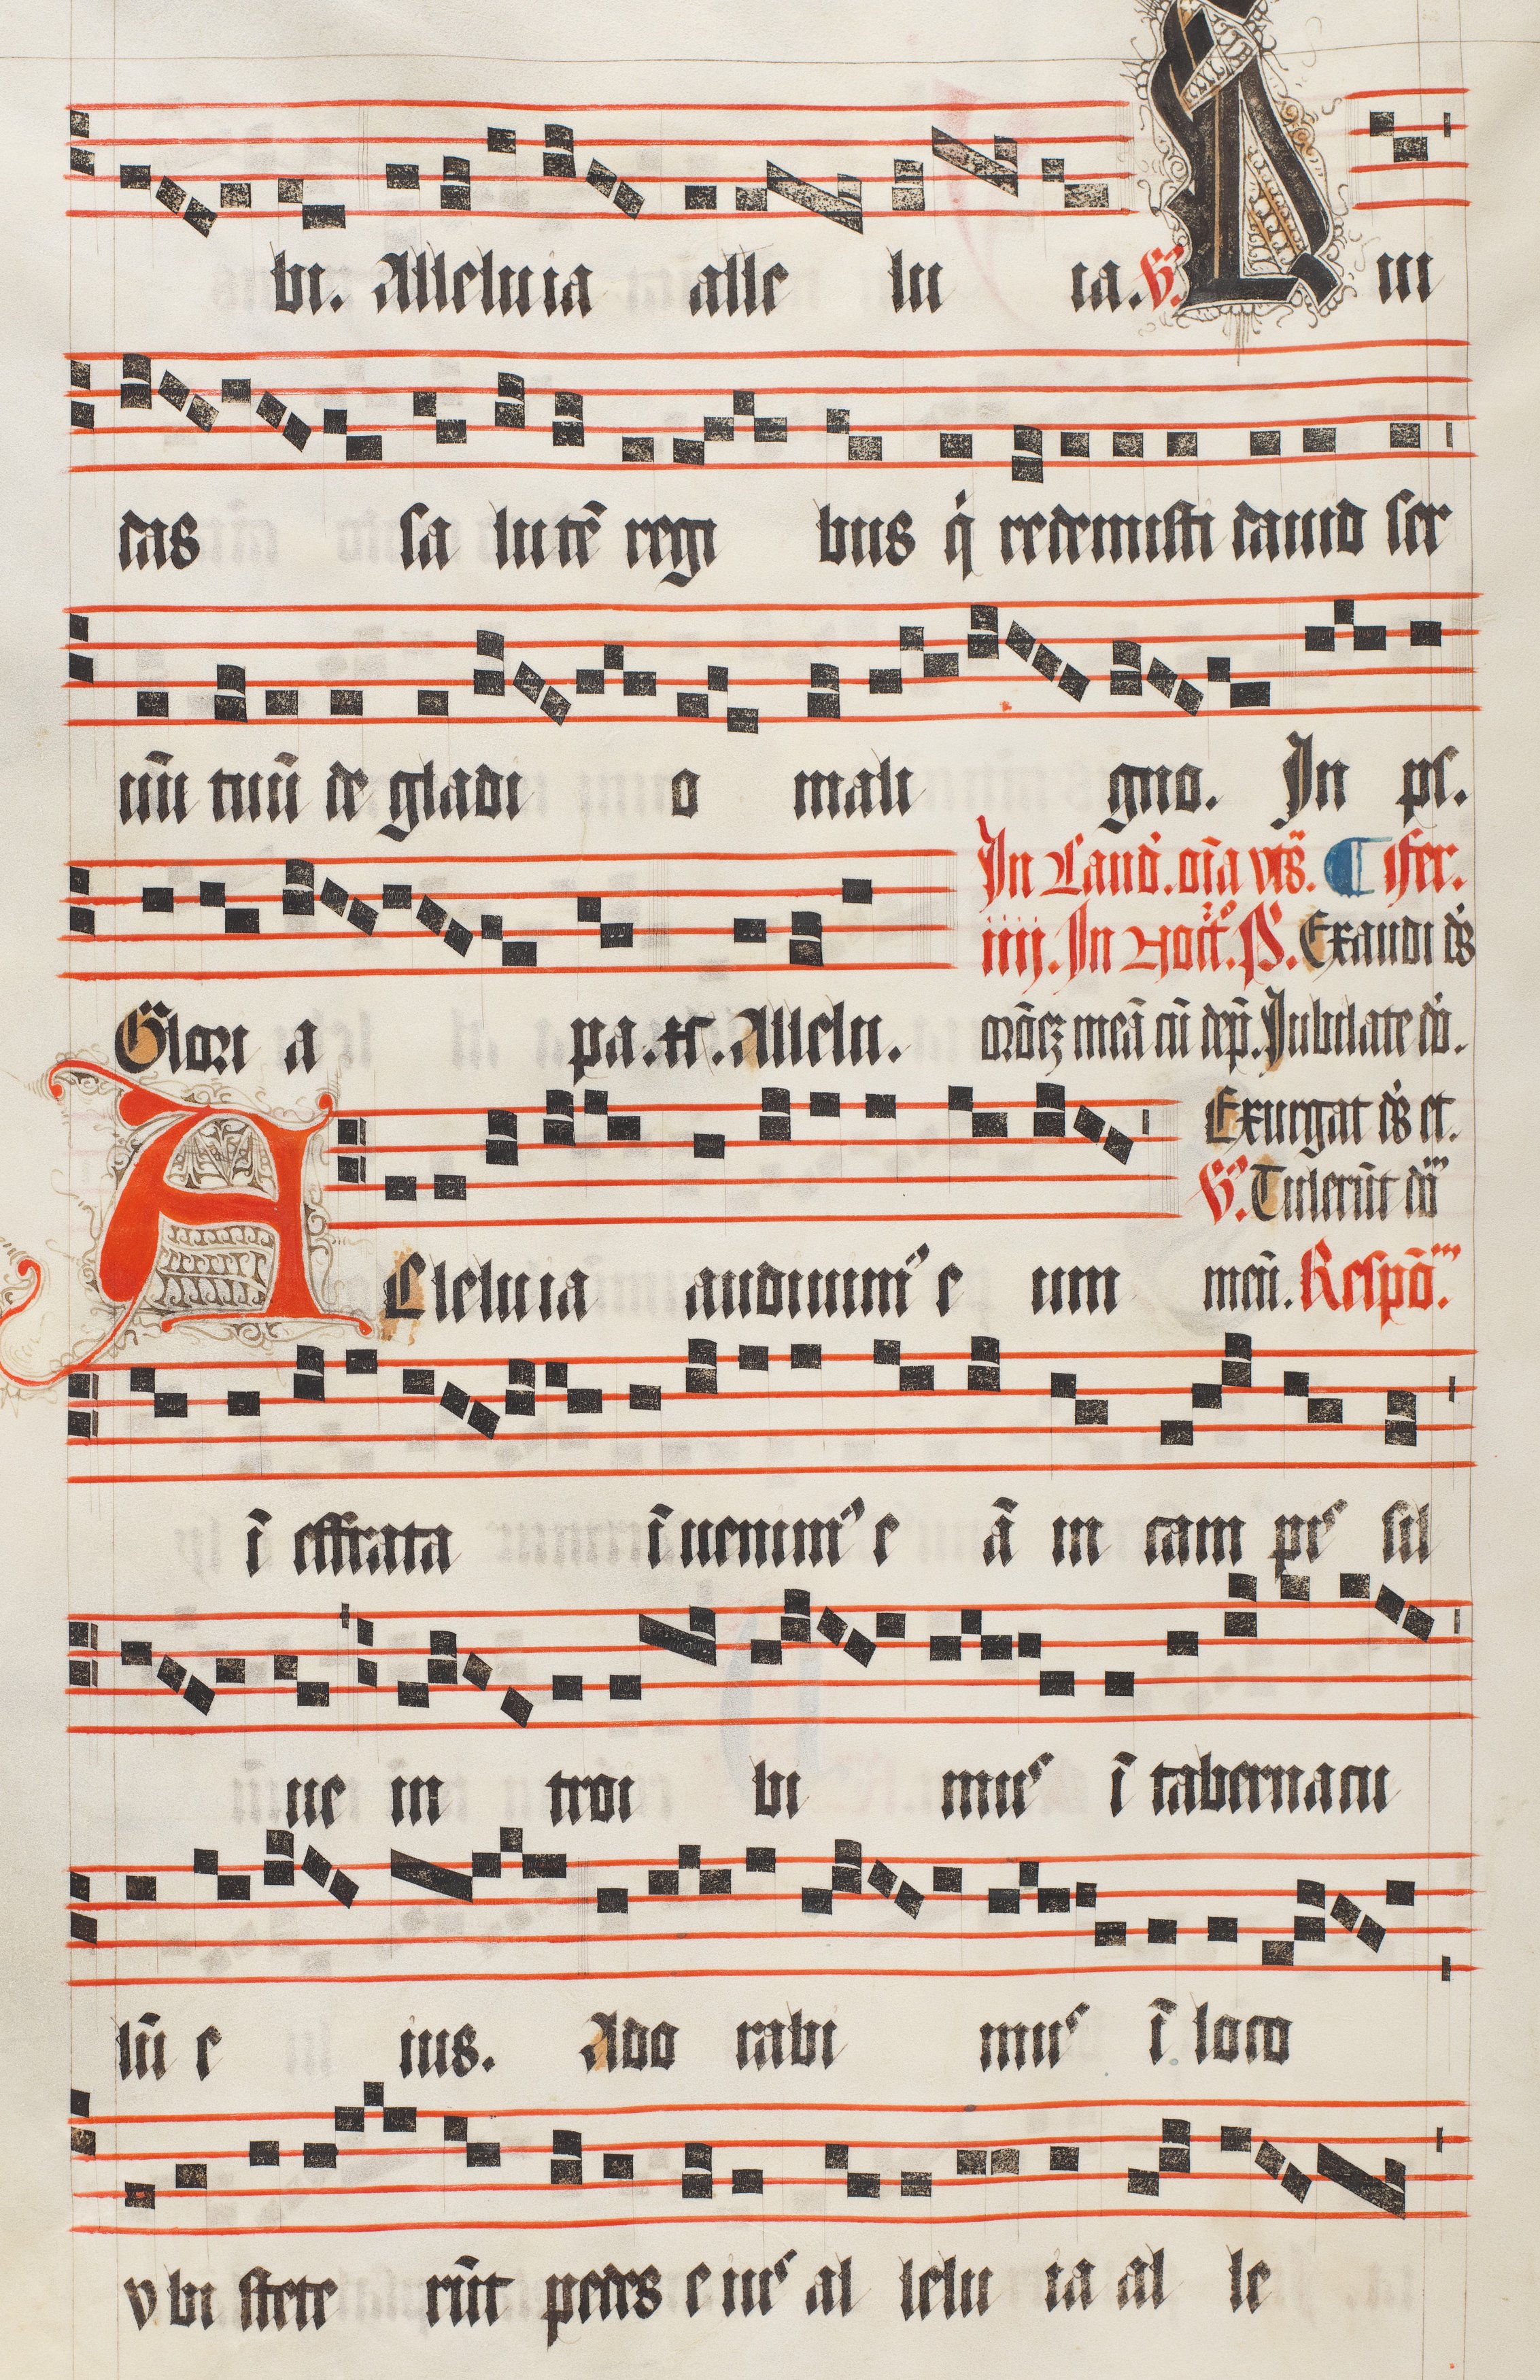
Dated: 1509–1517